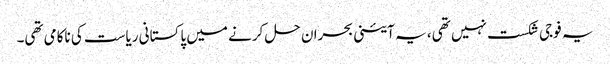
یہ فوجی شکست نہیں تھی، یہ آئینی بحران حل کرنے میں پاکستانی ریاست کی ناکامی تھی۔